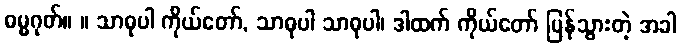
ဓမ္မဂုတ်။ ။ သာဓုပါ ကိုယ်တော်, သာဓုပါ သာဓုပါ၊ ဒါထက် ကိုယ်တော် ပြန်သွားတဲ့ အခါ